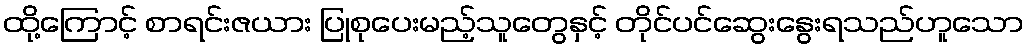
ထို့ကြောင့် စာရင်းဇယား ပြုစုပေးမည့်သူတွေနှင့် တိုင်ပင်ဆွေးနွေးရသည်ဟူသော